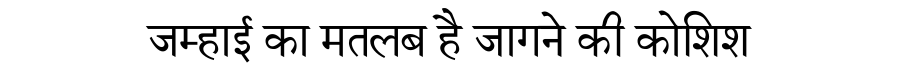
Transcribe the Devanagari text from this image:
जम्हाई का मतलब है जागने की कोशिश